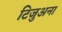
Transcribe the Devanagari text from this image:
टिजुअना